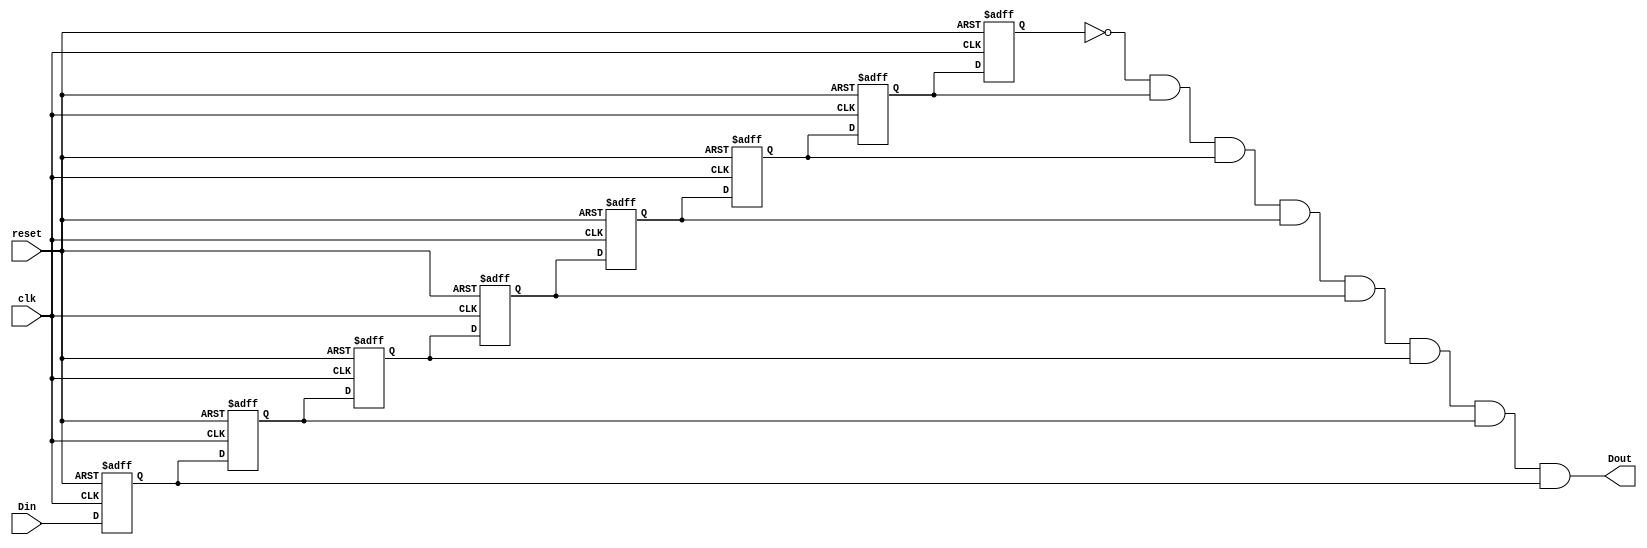
`timescale 1ns / 1ps
/////////////////////////////////////////////////////////////
// Company: CSULB Student
// 
// Design Name: 
// Module Name:    debounce.v
// Project Name:    
//        CECS 301 Lab One
// Target Devices: 
//				Spartan 3E
// Tool versions: 
// Description: 
//          sends a oneshot pulse on input <BTN0> (see ucf)
//				to the shift register modules' clock input.
// 			the debouncer stablizes for 8 clock cycles
//				but outputs only on the seventh input capture
//				The clock in this lab is 500 Hz with a period
//				of 2 ms.  The debouncer here stablizes for 
//				8cycles X 2ms = 16 ms of capture, which
//				makes up for the approx. 10-15 ms stablization
//				period of the push button.
// Dependencies: 
//
// Revision: 
// Revision 0.01 - File Created
// Additional Comments: 
//
//////////////////////////////////////////////////////////////
module debounce(clk, reset, Din, Dout);
	// incoming clock, most likely the "raw" clock
	input clk; 
	// the reset, usually shared by all modules in
	input	reset; 
	// the 
	input Din;
	output Dout; wire Dout;
	
	// this functions as a sequential logic shift register
	reg q7, q6, q5, q4, q3, q2, q1, q0;
	// every clock cycle is a shift.  8 clock ticks for one pulse
	always @(posedge clk or posedge reset)
		if(reset == 1'b1)
			{q7, q6, q5, q4, q3, q2, q1, q0} = 8'b0;
		else begin
		q7 = q6;
		q6 = q5;
		q5 = q4;
		q4 = q3;
		q3 = q2;
		q2 = q1;
		q1 = q0;
		q0 = Din;
		
		end
		//  pulse occures when the reg =  0111 1111
		// or 7 clock cycles
	assign Dout = !q7 & q6 & q5 & q4 & q3 & q2 & q1 & q0;

endmodule